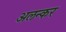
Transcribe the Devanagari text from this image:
अलन्कर